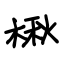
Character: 楸